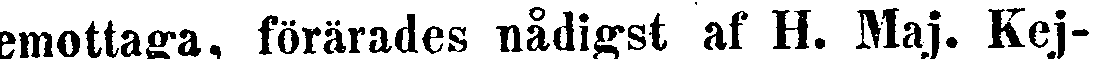
emottaga, förärades nådigst af H. Maj. Kej-